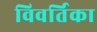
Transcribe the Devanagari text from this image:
विवर्तिका